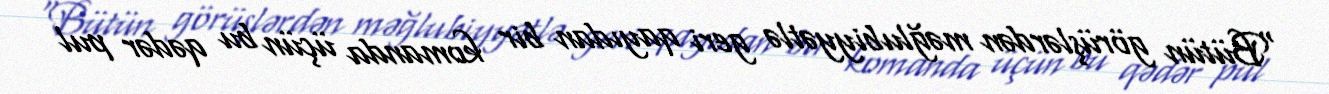
“Bütün görüşlərdən məğlubiyyətlə geri qayıdan bir komanda üçün bu qədər pul